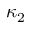
\kappa _ { 2 }